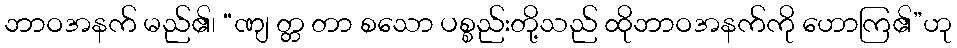
ဘာဝအနက် မည်၏၊ “ဏျ တ္တ တာ စသော ပစ္စည်းတို့သည် ထိုဘာဝအနက်ကို ဟောကြ၏”ဟု